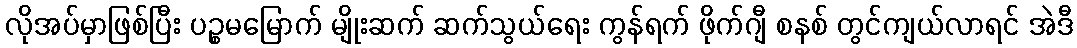
လိုအပ်မှာဖြစ်ပြီး ပဉ္စမမြောက် မျိုးဆက် ဆက်သွယ်ရေး ကွန်ရက် ဖိုက်ဂျီ စနစ် တွင်ကျယ်လာရင် အဲဒီ